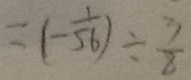
= ( - \frac { 1 } { 5 6 } ) \div \frac { 3 } { 8 }